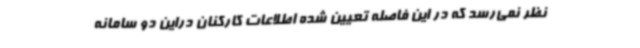
نظر نمی‌رسد که در این فاصله تعیین شده اطلاعات کارکنان دراین دو سامانه